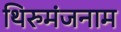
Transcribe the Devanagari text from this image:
थिरुमंजनाम